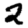
Digit: 2